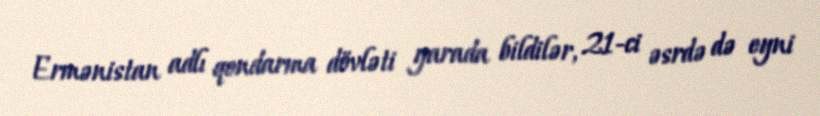
Ermənistan adlı qondarma dövləti yarada bildilər, 21-ci əsrdə də eyni